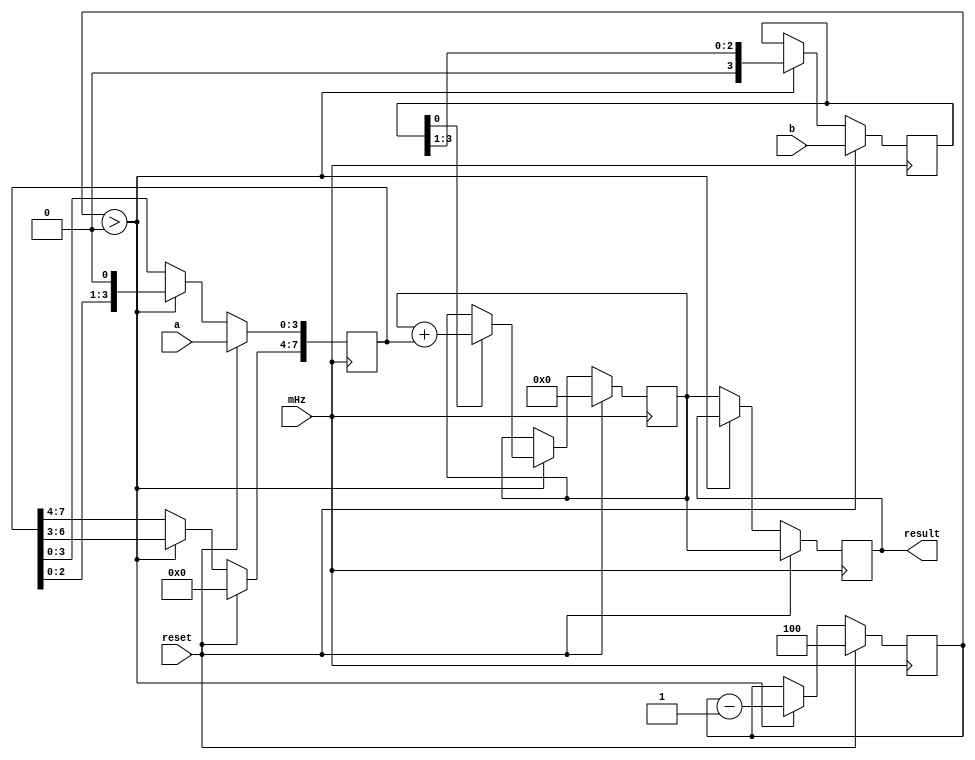
module lab1_1(reset,mHz,a,b,result);
 input [3:0]a,b;
 input reset,mHz;
 output reg [7:0]result;
 reg [3:0]b1;
 reg [7:0]a1;
 reg [7:0]s;
 reg [2:0]n = 4;
 wire clk,i;
 div d1(mHz,clk);
 debounce de1(clk,reset,i);
 
 always@(posedge mHz)
 begin
  if(~reset)
	begin
	if( n > 0 )
		begin
		if( b1[0] )
			begin
			s <= s + a1;
			end
		a1 <= ( a1 << 1 );
		b1 <= ( b1 >> 1 );
		n = n - 1;
		end
   
	else
		begin
		result[7:0] <= { s[7:0] };
		end
  end
  
  else
	  begin
		a1 <= 0;
		b1 <= b;
		s <= 0;
		a1[3:0] <= { a[3:0] };
		n = 4;
		result[7:0] <= { s[7:0] };
	  end
 end
 
endmodule


module div(in,out);
input in;
output reg out;
reg [14:0]counter;
always@(posedge in)
 if(counter==24999)
  begin
   counter<=0;
   out=~out;
  end
 else
  counter<=counter+1;
endmodule

module debounce(kHz, in, out);
input kHz,in;
output out;
reg [6:0]d;

always@(posedge kHz)
 begin
  d<={d[5:0],in};
 end
and(out,d[6],d[5],d[4],d[3],d[2],d[1],d[0]);
endmodule